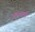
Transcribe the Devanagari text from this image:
आरस्पानी